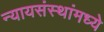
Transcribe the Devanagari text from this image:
न्यायसंस्थांमध्ये